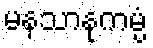
မနသာနုကမ္ပံ